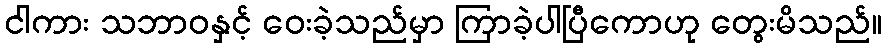
ငါကား သဘာဝနှင့် ဝေးခဲ့သည်မှာ ကြာခဲ့ပါပြီကောဟု တွေးမိသည်။